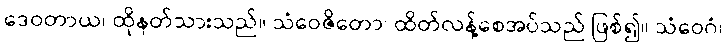
ဒေဝတာယ၊ ထိုနတ်သားသည်။ သံဝေဇိတော၊ ထိတ်လန့်စေအပ်သည် ဖြစ်၍။ သံဝေဂံ၊